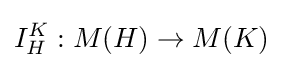
I_{H}^{K}:M(H)\to M(K)